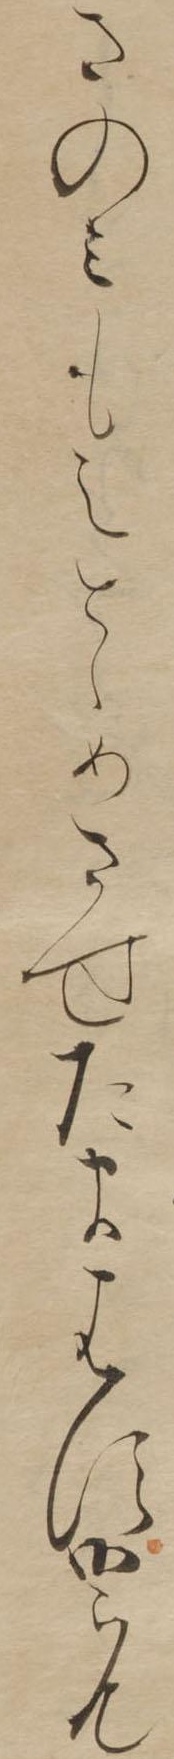
さのみもえとゝめさせたまはす御らん